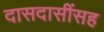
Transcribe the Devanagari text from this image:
दासदासींसह